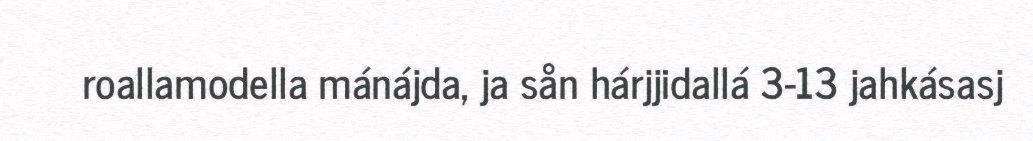
roallamodella mánájda, ja sån hárjjidallá 3-13 jahkásasj